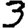
Digit: 3